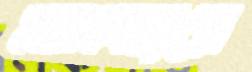
মানবস্বরে